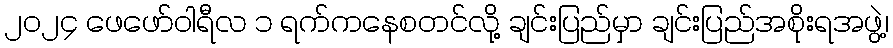
၂၀၂၄ ဖေဖော်ဝါရီလ ၁ ရက်ကနေစတင်လို့ ချင်းပြည်မှာ ချင်းပြည်အစိုးရအဖွဲ့၊